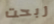
ربحت